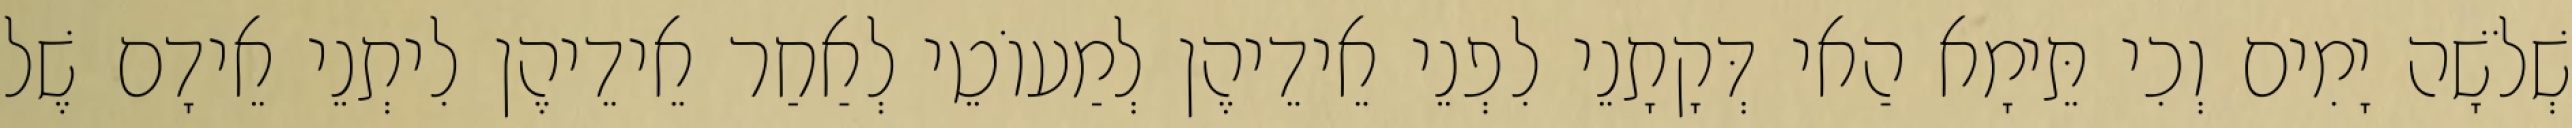
שְׁלֹשָׁה יָמִים וְכִי תֵּימָא הַאי דְּקָתָנֵי לִפְנֵי אֵידֵיהֶן לְמַעוֹטֵי לְאַחַר אֵידֵיהֶן לִיתְנֵי אֵידָם שֶׁל